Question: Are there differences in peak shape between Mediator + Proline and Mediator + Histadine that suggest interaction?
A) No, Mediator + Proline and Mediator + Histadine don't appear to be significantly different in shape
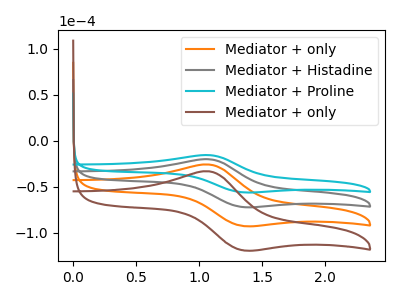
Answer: <think>The orange curve "Mediator + only" has an anodic peak at (1.05V, -40.35uA) and a cathodic peak at (1.35V, -144.35uA). The gray curve "Mediator + Histadine" has an anodic peak at (1.05V, -20.20uA) and a cathodic peak at (1.35V, -72.15uA). The cyan curve "Mediator + Proline" has an anodic peak at (1.05V, -15.70uA) and a cathodic peak at (1.35V, -56.15uA). The brown curve "Mediator + only" has an anodic peak at (1.05V, -60.55uA) and a cathodic peak at (1.35V, -216.50uA).
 All the peaks in "Mediator + Proline" have a peak in "Mediator + Histadine" at the same potential.</think>
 <answer>A) No, "Mediator + Proline" and "Mediator + Histadine" don't appear to be significantly different in shape</answer>
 <eval>A</eval>